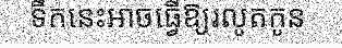
ទឹកនេះអាចធ្វើឱ្យរលូតកូន